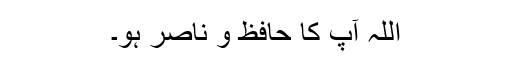
اللہ آپ کا حافظ و ناصر ہو۔